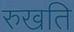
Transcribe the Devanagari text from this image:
रुखति